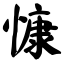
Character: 慷